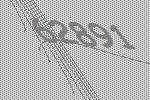
62891